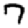
Digit: 7